Civil Veterinary Dept. Bombay admin report 1932-41 - 1932-1941
Year: 1932
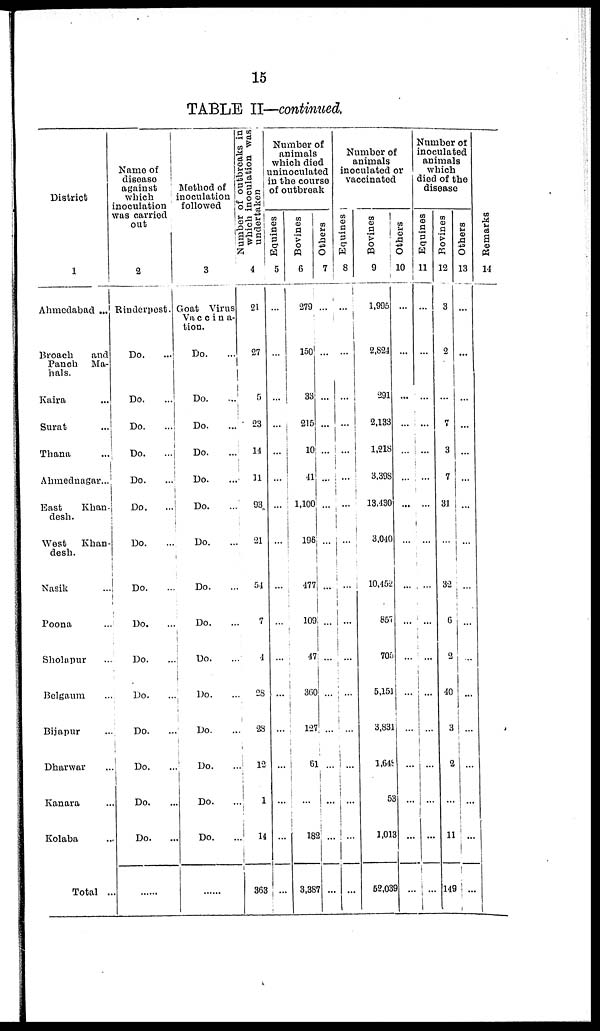
15
TABLE II—continued.
District
1
Ahmedabad ...
Broach
and
Panch Ma-
hals.
Kaira ...
Surat ...
Thana ...
Ahmednagar...
East
Khan-
desh.
West
Khan-
desh.
Nasik ...
Poona ...
Sholapur ...
Belgaum ...
Bijapur ...
Dharwar ...
Kanara ...
Kolaba ...
Total ...
Name of
disease
against
which
inoculation
was carried
out
2
Rinderpest.
Do. ...
Do.
...
Do.
...
Do.
...
Do.
...
Do.
...
Do.
...
Do. ...
Do. ...
Do. ...
Do. ...
Do. ...
Do. ...
Do. ...
Do. ...
......
Method of
inoculation
followed
3
Goat Virus
Vaccina-
tion.
Number of outbreaks in
which inoculation was
undertaken
4
21
Do. ...
Do. ...
Do. ...
Do. ...
Do. ...
Do. ...
Do. ...
Do. ...
Do. ...
Do. ...
Do. ...
Do. ...
Do. ...
Do.
...
Do.
...
......
27
5
23
14
11
93
21
54
7
4
28
28
12
1
14
363
Number of
animals
which died
uninoculated
in the course
of outbreak
Equines
5
...
...
...
...
...
...
...
...
...
...
...
...
...
...
...
...
...
Bovines
6
279
150
33
215
10
41
1,100
196
477
109
47
360
127
61
...
182
3,387
Others
7
...
...
...
...
...
...
...
...
...
...
...
...
...
...
...
...
...
Number of
animals
inoculated or
vaccinated
Equines
8
...
...
...
...
...
...
...
...
...
...
...
...
...
...
...
...
...
Bovines
9
1,995
2,824
291
2,133
1,218
3,398
13,430
3,040
10,452
857
705
5,151
3,831
1,648
53
1,013
52,039
Others
10
...
...
...
...
...
...
...
...
...
...
...
...
...
...
...
...
...
Number of
inoculated
animals
which
died of the
disease
Equines
11
...
...
...
...
...
...
...
...
...
...
...
...
...
...
...
...
...
Bovines
12
3
2
...
7
3
7
31
...
32
6
2
40
3
2
...
11
149
Others
13
...
...
...
...
...
...
...
...
...
...
...
...
...
...
...
...
...
Remarks
14